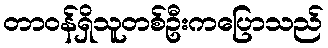
တာဝန်ရှိသူတစ်ဦးကပြောသည်